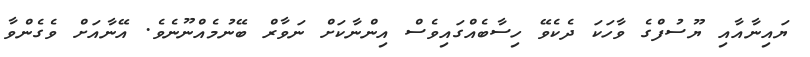
ޔައިނާއާއި ޔޫސުފްގެ ވާހަކަ ދެކެވޭ ހިސާބެއްގައިވެސް އިންނާކަށް ނަވާރް ބޭނުމެއްނޫނެވެ. އޭނާއަށް ވެގެންވާ